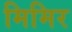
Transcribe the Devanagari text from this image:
मिमिर